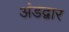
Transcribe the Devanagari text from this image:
अंडद्वार